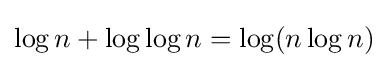
\log n+\log \log n=\log(n\log n)